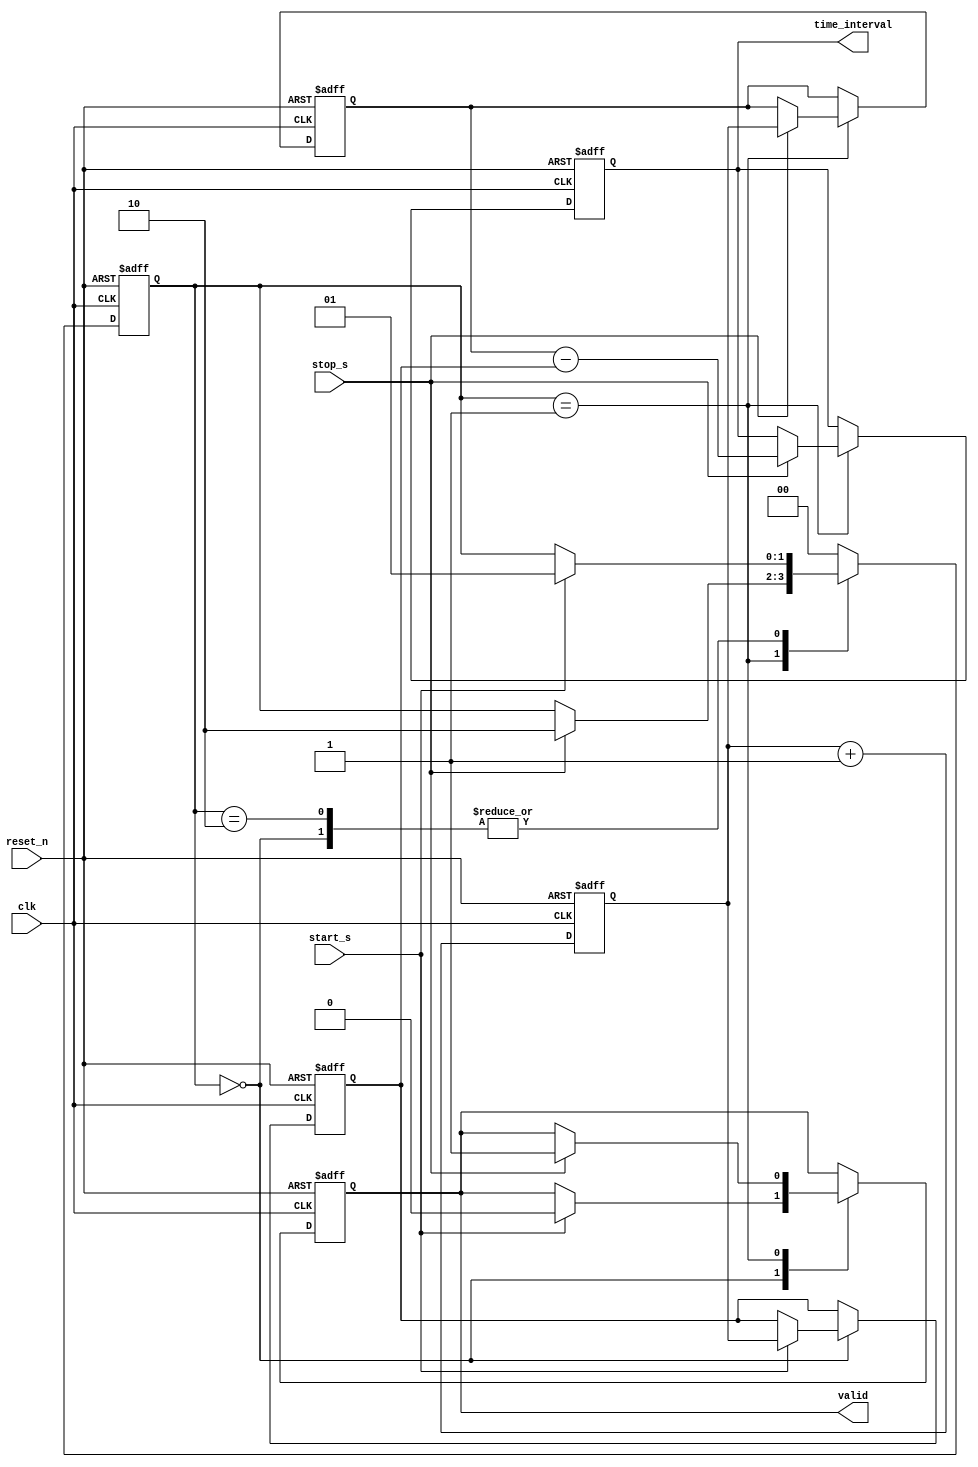
module TDC (
    input  wire clk,        // High-frequency clock signal
    input  wire reset_n,    // Active-low reset signal
    input  wire start_s,    // Start signal
    input  wire stop_s,     // Stop signal
    output reg [31:0] time_interval, // Output time interval
    output reg valid         // Output valid flag
);

    // Memory Storage (simple for one start and one stop)
    reg [31:0] start_time;  // Capture time stamp for start event
    reg [31:0] stop_time;   // Capture time stamp for stop event
    reg [31:0] counter;      // Clock cycle counter

    // State machine states
    reg [1:0] state;
    localparam IDLE   = 2'b00,
               RUN    = 2'b01,
               CAPTURE = 2'b10;

    // Initialize the counter and state
    initial begin
        counter = 32'd0;
        start_time = 32'd0;
        stop_time = 32'd0;
        time_interval = 32'd0;
        valid = 1'b0;
        state = IDLE;
    end

    // Main process
    always @(posedge clk or negedge reset_n) begin
        if (!reset_n) begin
            // Reset all registers and outputs
            counter <= 32'd0;
            start_time <= 32'd0;
            stop_time <= 32'd0;
            time_interval <= 32'd0;
            valid <= 1'b0;
            state <= IDLE;
        end else begin
            // Increment the counter on each clock cycle
            counter <= counter + 1;

            // State machine for handling start and stop events
            case (state)
                IDLE: begin
                    if (start_s) begin
                        // Start signal detected, capture current counter value
                        start_time <= counter;
                        valid <= 1'b0; // Reset valid flag
                        state <= RUN;  // Transition to run state
                    end
                end

                RUN: begin
                    if (stop_s) begin
                        // Stop signal detected, capture current counter value
                        stop_time <= counter;
                        // Calculate time interval
                        time_interval <= stop_time - start_time;
                        valid <= 1'b1; // Set valid flag to indicate output is ready
                        state <= CAPTURE; // Transition to capture state
                    end
                end

                CAPTURE: begin
                    // Wait for the next start signal to reset
                    if (start_s) begin
                        state <= RUN; // Ready for next measurement
                    end
                end
                
                default: state <= IDLE; // Default to IDLE state
            endcase
        end
    end

endmodule